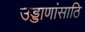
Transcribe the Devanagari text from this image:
उड्डाणांसाठि